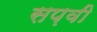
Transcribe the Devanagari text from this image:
सप़वी